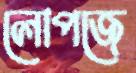
লোপজে